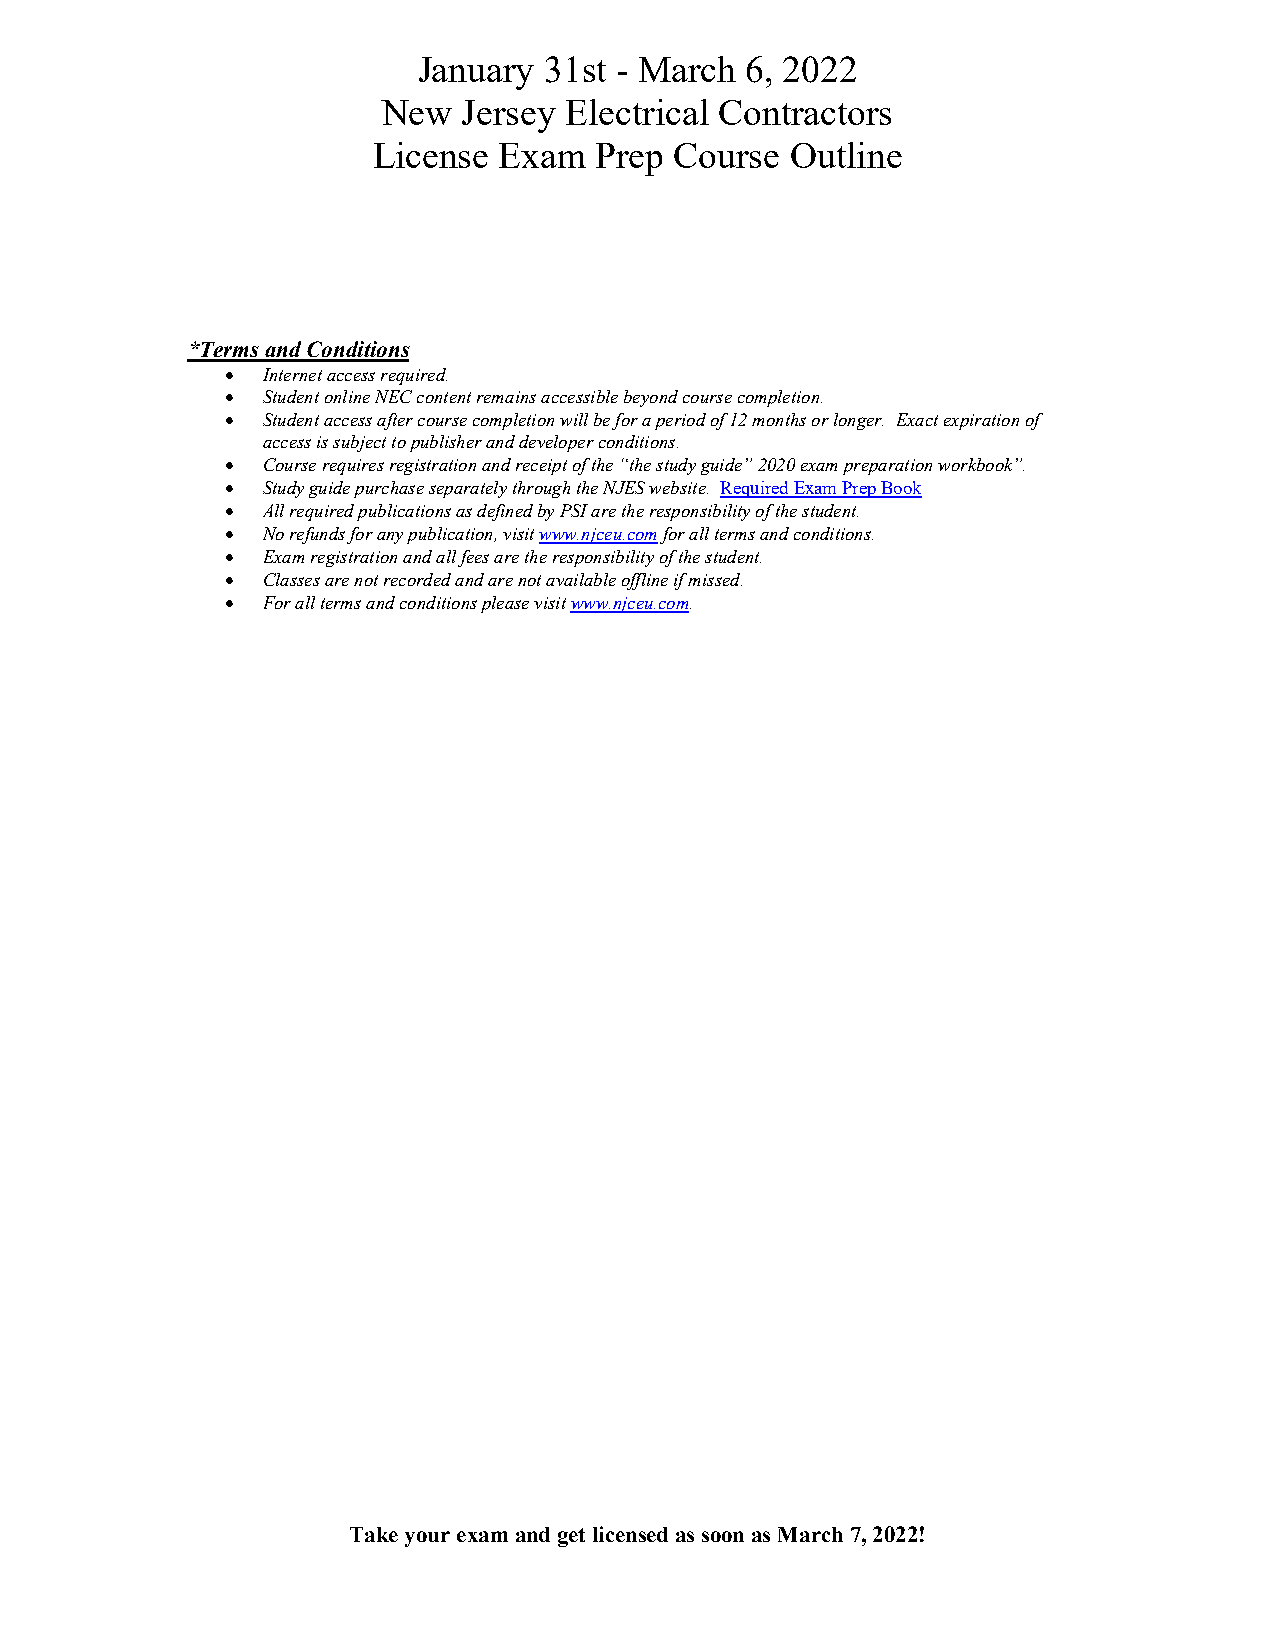
January 31st - March 6, 2022
 New   Jersey Electrical Contractors
 License Exam  Prep  Course Outline
 *Terms and Conditions
 • Internet access required.
 • Student online NEC content remains accessible beyond course completion.
 • Student access after course completion will be for a period of 12 months or longer. Exact expiration of
 access is subject to publisher and developer conditions.
 • Course requires registration and receipt of the “the study guide” 2020 exam preparation workbook”.
 • Study guide purchase separately through the NJES website. Required Exam Prep Book
 • All required publications as defined by PSI are the responsibility of the student.
 • No refunds for any publication, visit www.njceu.com for all terms and conditions.
 • Exam registration and all fees are the responsibility of the student.
 • Classes are not recorded and are not available offline if missed.
 • For all terms and conditions please visit www.njceu.com.
 Take your exam and get licensed as soon as March 7, 2022!